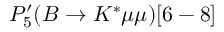
P _ { 5 } ^ { \prime } ( B \to K ^ { * } \mu \mu ) [ 6 - 8 ]